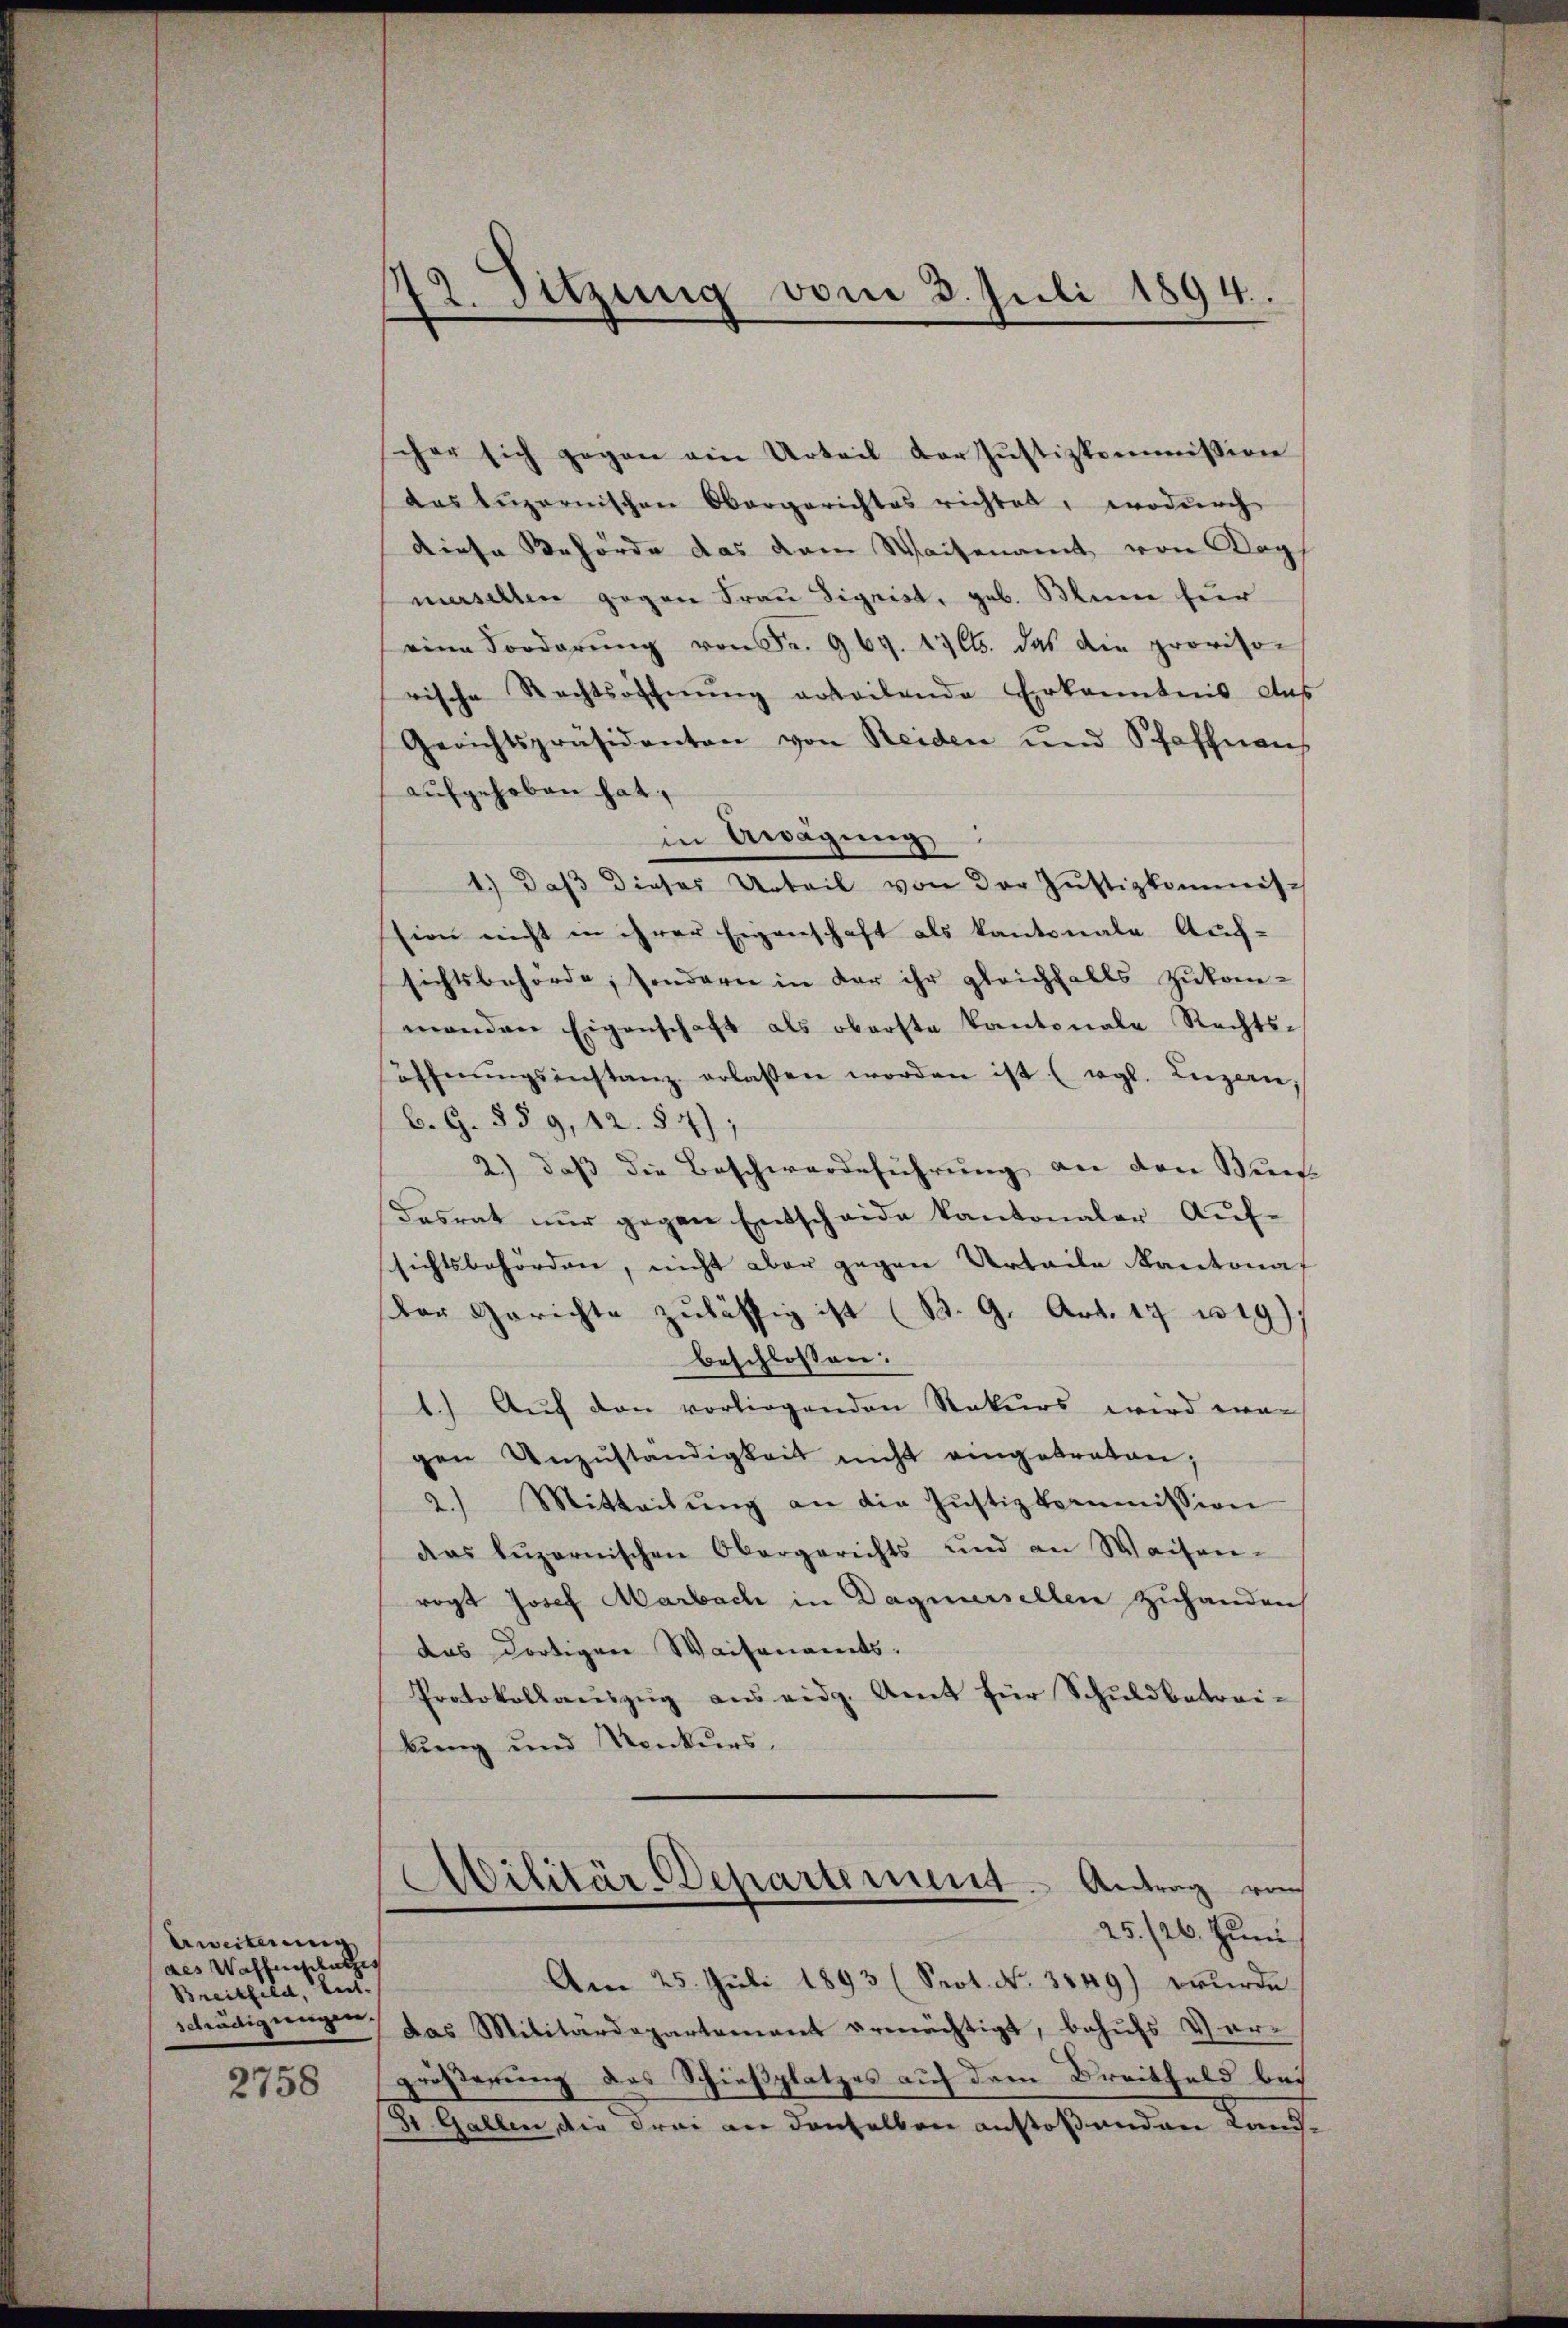
Erweiterung
als Wassenschutzes
Breitfeld, Ent-
schädigungen.

2758

12. Sitzung vom 3. Juli 1894.

cher sich gegen ein Urteil der Justizkommission
das Lŭzernischen Obergerichtes richtet, wodŭrch
diese Behörde das dem Waisenamt von Kopf
masellen gegen Frau Sigrist, geb. Blume für
eine Forderŭng von Fr. 969. 17 Cts. das die provison
rische Rechtsoffnŭng erteilende Erkanntens Aus
Gerichtspräsidenten von Reiden und Schaffnen
aufgehoben hat,
in Awägung
1.) daβ dieses Urteil von der Justizkommisch
sion nicht in ihrer Eigenschaft als kantonale Aufsichtsbehörde, sondern in der ihr gleichfalls zukom-
menden Eigenschaft als oberste Kantonale Rechtsöffnŭngsinstanz erlassen worden ist (vgl. Luzern.
b. G. §§ 9, 12. 54);
2.) daß die Beschwerdeführung an den Buch
Fasrat nŭr gegen Entscheide kantonaler Aŭf-
sichtsbehörden, nicht aber gegen Urteile Kantonaf
der Gerichte zulässig ist (B. G. Art. 17 n 19)
beschlossen:
1.) Auf den vorliegenden Rekurs wird war
gen Unzŭständigkeit nicht eingetreten;
2.) Mitteilŭng an die Justizkommission
das Lŭzernischen Obergerichts und an Waisen-
rogt Josef Marbach in Dagnersellen zuhanden
das dortigen Waisenamts-
Protokollauszug aus eidg. Amt für Schuldbetreikung und Konkurs.
Militär-Departement. Antrag von
25./26. Juni
Am 25. Juli 1893 (Prot. No. 3549) wurde
das Militärdepartement ermächtigt, behufs Ver-
größerung des Schießplatzes auf dem Breitfeld bei
31 Gallen, die Frei an denselben anstoßenden Land-